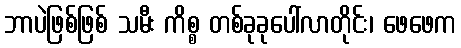
ဘာပဲဖြစ်ဖြစ် သမီး ကိစ္စ တစ်ခုခုပေါ်လာတိုင်း၊ ဖေဖေက